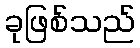
ခုဖြစ်သည်